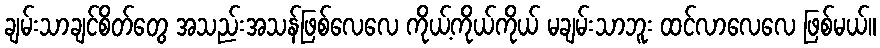
ချမ်းသာချင်စိတ်တွေ အသည်းအသန်ဖြစ်လေလေ ကိုယ့်ကိုယ်ကိုယ် မချမ်းသာဘူး ထင်လာလေလေ ဖြစ်မယ်။